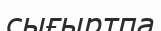
сығыртпа